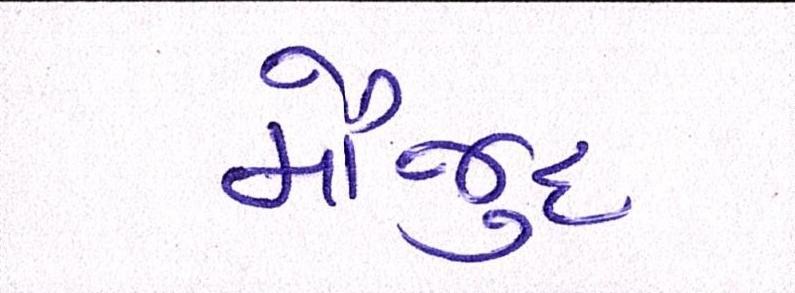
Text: મૌજુદ